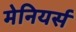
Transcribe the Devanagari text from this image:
मेनियर्स